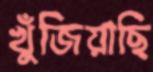
খুঁজিয়াছি